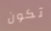
تكون